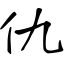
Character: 仇